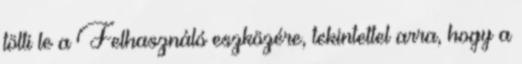
tölti le a Felhasználó eszközére, tekintettel arra, hogy a